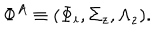
\Phi ^ { A } \equiv ( \Phi _ { i } , \Sigma _ { z } , \Lambda _ { z } ) .